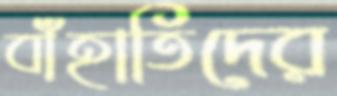
বাঁহাতিদের